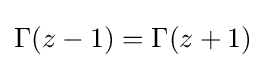
\Gamma (z-1)=\Gamma (z+1)